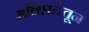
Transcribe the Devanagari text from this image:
अलिप्ततेतून